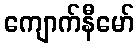
ကျောက်နီမော်